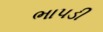
ભાપડી